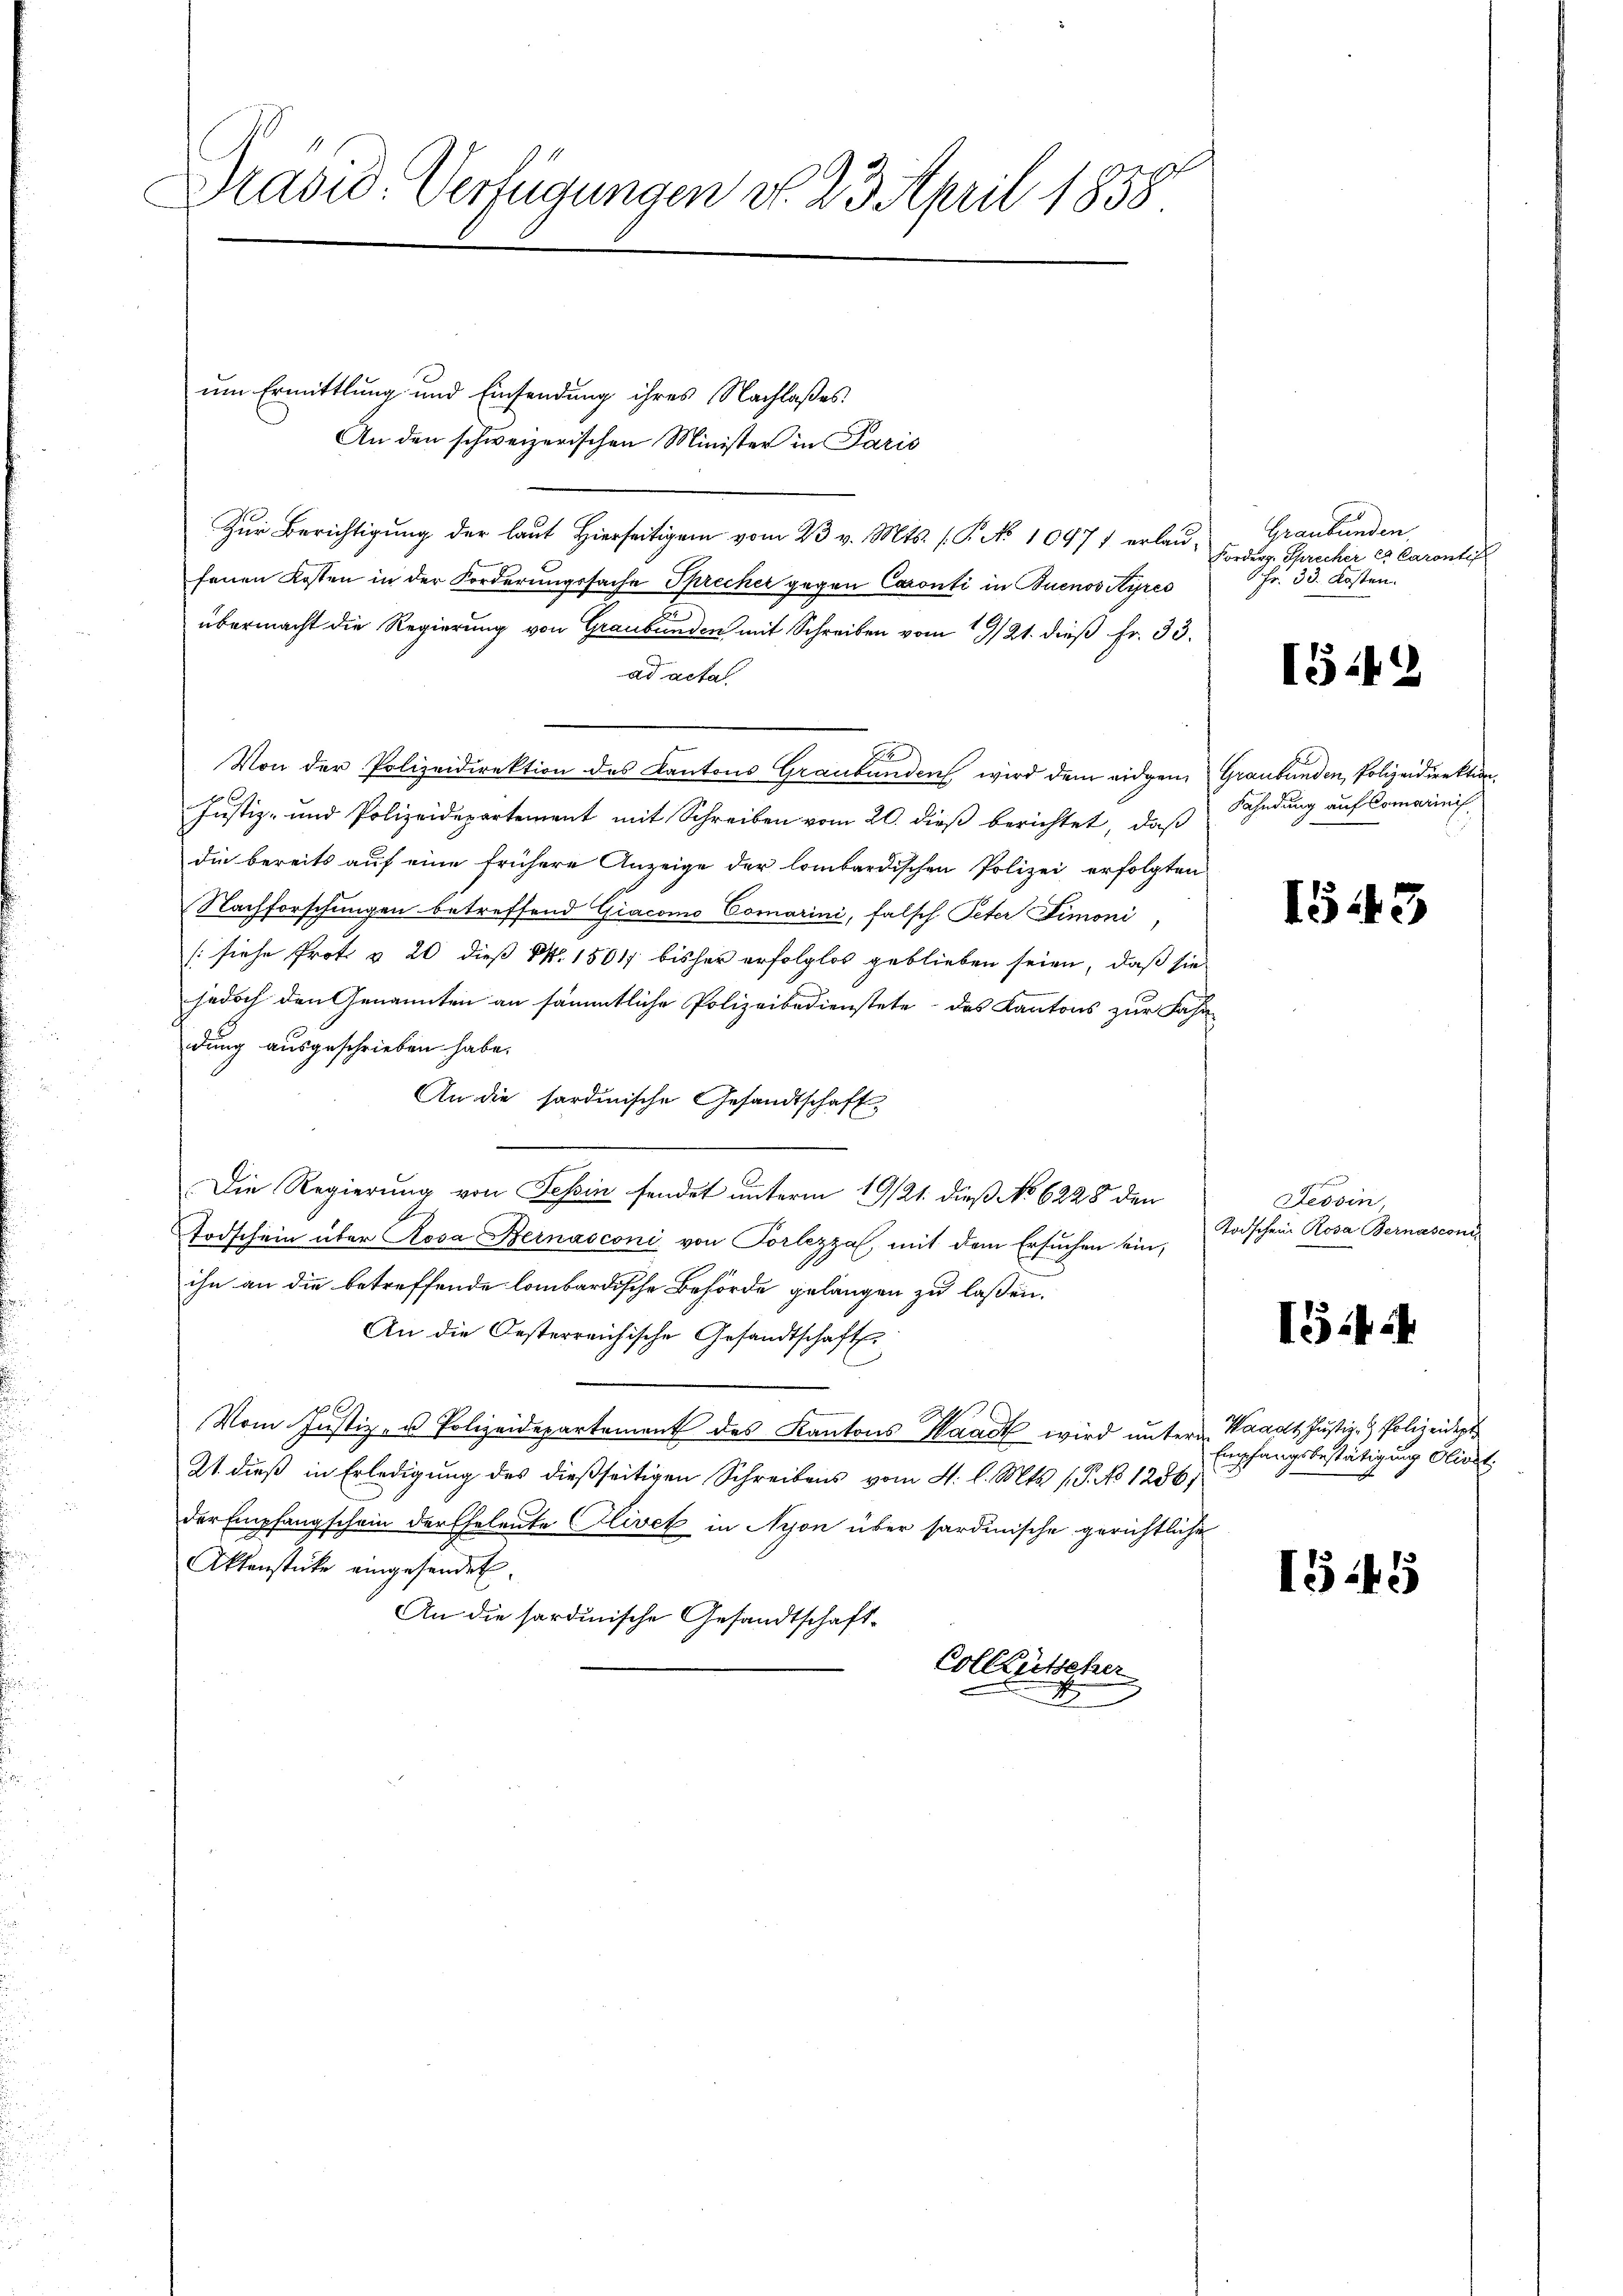
Dravid. Verfügungen d. 23. April 1858.
um Ermittlung und Einsendung ihres Nachlaßes

An den schweizerischen Minister in Paris
Zur Berichtigung der laut Hierseitigen vom 23. v. Mts. (T. No 10977 erlaufenen Kosten in der Forderungssache Sprecher gegen Caronti in Buenos Ayres
übermacht die Regierung von Graubünden mit Schreiben vom 19/21. dieß Fr. 33.
ad acta
Von der Polizeidirektion des Kantons Graubünden wird dem eidgen. Graubünden, Polizeidirektion.

Justiz- und Polizeidepartement mit Schreiben vom 20. dieß berichtet, daß
die bereits auf eine frühere Anzeige der lombardischen Polizei erfolgten
Nachforschungen betreffend Giacono Comarini, falsch Peter Simoni
[siehe Prot. v. 20 dieß NNo. 15017 bisher erfolglos geblieben seien, daß sie
jedoch den Genannten an sämmtliche Polizeibedienstete des Kantons zur Fahn
dung ausgeschrieben habe.
An die sardinische Gesandtschaft
Die Regierung von Tessin sendet unterm 19/21. dieß No 6228 den
Todschein über Rosa Bernasconi von Porlezza, mit dem Ersuchen ein,
ihn an die betreffende lombardische Behörde gelangen zu laßen.
An die Oesterreichische Gesandtschaft.
100.
Vom Justiz- u Polizeidepartement des Kantons Waadt wird untern Waadt Justiz- & Polizeidept
21. dieß in Erledigung des dießseitigen Schreibens vom 4. l. Mts. (T. No 1256;
der Empfangschein der Eheleute Olivet in Nyon über sardinische gerichtliche
Aktenstücke eingesendet.
An die sardinische Gesandtschaft.
Collectionen

Graubünden
Forders. Schrecher et Carantif
Fr. 33. Kosten.

15.42

Fahndung auf Comarini

1543

Tessin,
Todschen Rosa Bernasconi,

G4

Empfangsbestätigung Gliedt.

1545